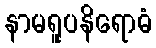
နာမရူပနိရောဓံ